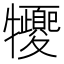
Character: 㹛